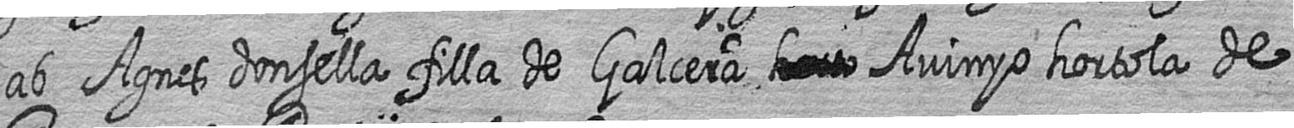
ab Agnes donsella filla de Galcera # Avinyo hortola de